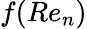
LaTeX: f(Re_{n})